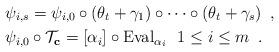
LaTeX: \begin{align*}&\psi_{{i,s}}=\psi_{i,0}\circ (\theta_t+\gamma_1)\circ \cdots \circ (\theta_t+\gamma_s)\enspace, \\&\psi_{i,0}\circ \mathcal{T}_{\bold{c}}=[\alpha_i]\circ {\rm{Eval}}_{\alpha_i} \ \ 1\le i \le m\enspace. \end{align*}